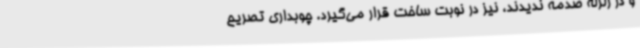
و در زلزله صدمه ندیدند، نیز در نوبت ساخت قرار می‌گیرد. چوبداری تصریح